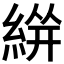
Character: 𱹹